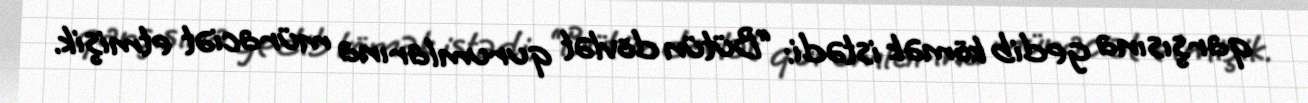
qarşısına gedib kömək istədi: “Bütün dövlət qurumlarına müraciət etmişik.